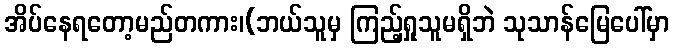
အိပ်နေရတော့မည်တကား၊(ဘယ်သူမှ ကြည့်ရှုသူမရှိဘဲ သုသာန်မြေပေါ်မှာ